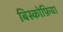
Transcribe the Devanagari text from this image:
बिस्कोफ़िया